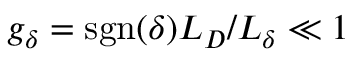
g _ { \delta } = \mathrm { s g n } ( \delta ) L _ { D } / L _ { \delta } \ll 1